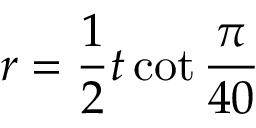
r = { \frac { 1 } { 2 } } t \cot { \frac { \pi } { 4 0 } }